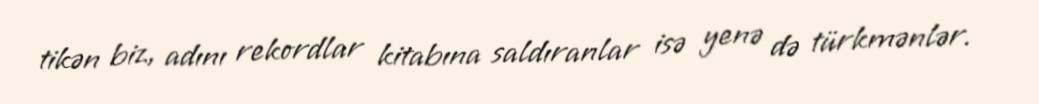
tikən biz, adını rekordlar kitabına saldıranlar isə yenə də türkmənlər.